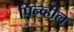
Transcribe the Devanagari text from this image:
पिन्व्हील